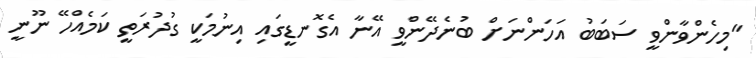
"މިހެންވާންވީ ސަބަބު އަހަންނަށް ބުނެދޭންވީ އޭނާ އެގޮނޑީގައި އިނުމަކީ ގުދުރަތީ ކަމެއްހޭ ނޫނީ